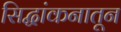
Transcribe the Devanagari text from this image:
सिद्धांकनातून